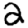
Digit: 2